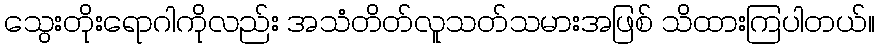
သွေးတိုးရောဂါကိုလည်း အသံတိတ်လူသတ်သမားအဖြစ် သိထားကြပါတယ်။